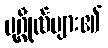
ပုဂ္ဂိုလ်များ၏